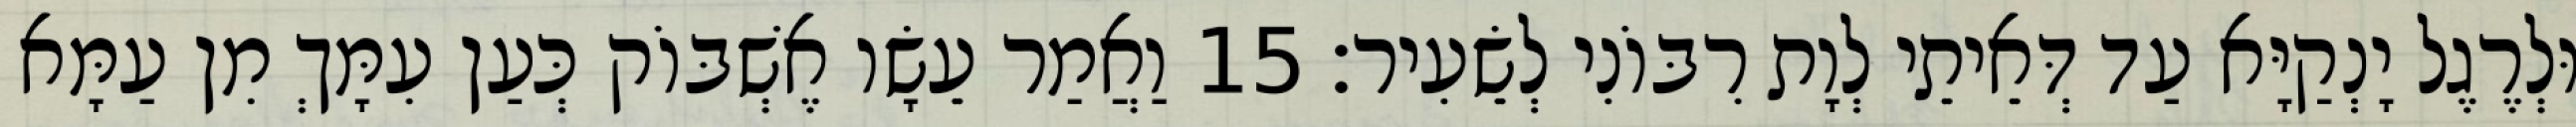
וּלְרֶגֶל יָנְקַיָּא עַד דְּאֵיתֵי לְוָת רִבּוֹנִי לְשֵׂעִיר׃ 15 וַאֲמַר עֵשָׂו אֶשְׁבּוֹק כְּעַן עִמָּךְ מִן עַמָּא